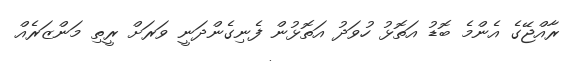
ރާއްޖޭގެ އެންމެ ބޮޑު އަތޮޅު ހުވަދު އަތޮޅުން ފެނިގެންދަނީ ވަރަށް ރީތި މަންޒަރެއް